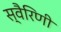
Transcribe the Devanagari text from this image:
स्वैरिणी